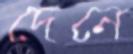
দেনে